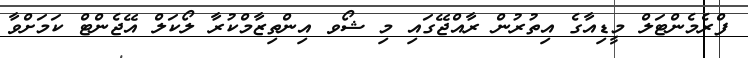
ފްރެމެންޓަލް މީޑިއާގެ އިތުރުން ރާއްޖޭގައި މި ޝޯވ އިންތިޒާމްކުރާ ލޯކަލް އޭޖެންޓް ކަމަށްވާ